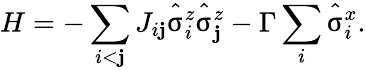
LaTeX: H=-\sum_{i<\mathbf{j}}J_{i\mathbf{j}}\hat{{\upsigma}}_{i}^{z}\hat{{\upsigma}}_{\mathbf{j}}^{z}-\Gamma\sum_{i}\hat{{\upsigma}}_{i}^{x}.